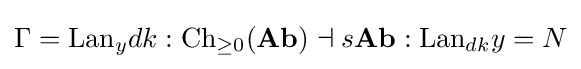
\Gamma =\mathrm {Lan} _{y}dk:{\text{Ch}}_{\geq 0}({\textbf {Ab}})\dashv s{\textbf {Ab}}:\mathrm {Lan} _{dk}y=N